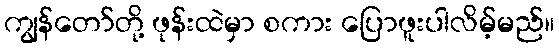
ကျွန်တော်တို့ ဖုန်းထဲမှာ စကား ပြောဖူးပါလိမ့်မည်။